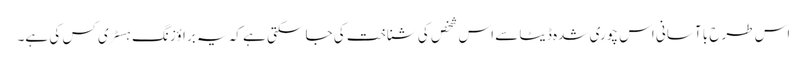
اس طرح با آسانی اس چوری شدہ ڈیٹا سے اس شخص کی شناخت کی جا سکتی ہے کہ یہ براؤزنگ ہسٹری کس کی ہے۔